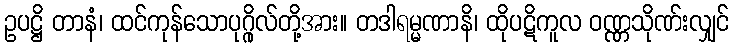
ဥပဋ္ဌိ တာနံ၊ ထင်ကုန်သောပုဂ္ဂိုလ်တို့အား။ တဒါရမ္မဏာနိ၊ ထိုပဋိကူလ ဝဏ္ဏသိုဏ်းလျှင်